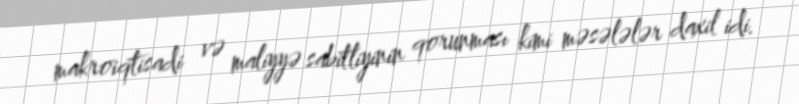
makroiqtisadi və maliyyə sabitliyinin qorunması kimi məsələlər daxil idi.